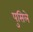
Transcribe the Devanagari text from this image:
पुसिले